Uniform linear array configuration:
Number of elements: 64
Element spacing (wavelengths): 1
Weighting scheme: cosine
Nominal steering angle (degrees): -60
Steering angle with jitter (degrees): -61.642
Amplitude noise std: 0.05
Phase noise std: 0.05

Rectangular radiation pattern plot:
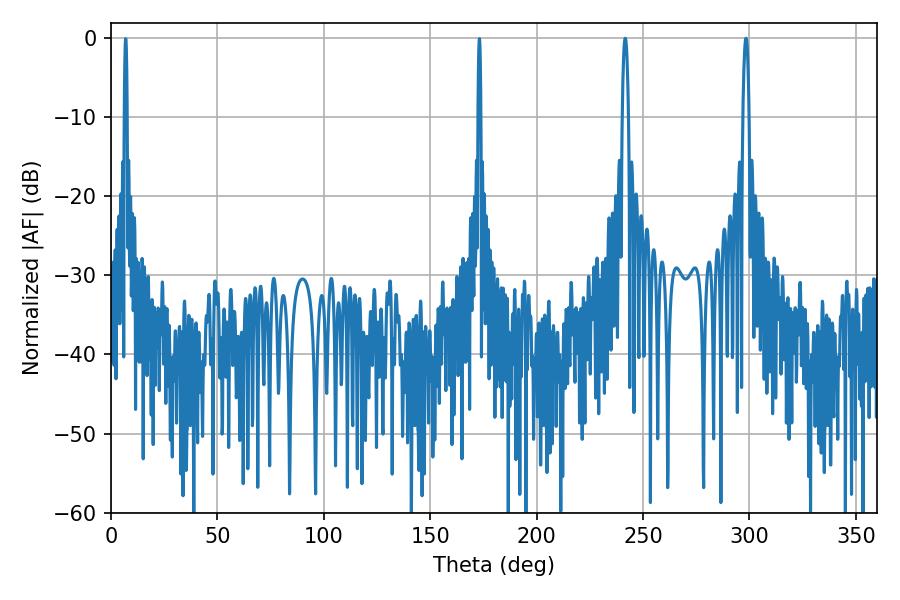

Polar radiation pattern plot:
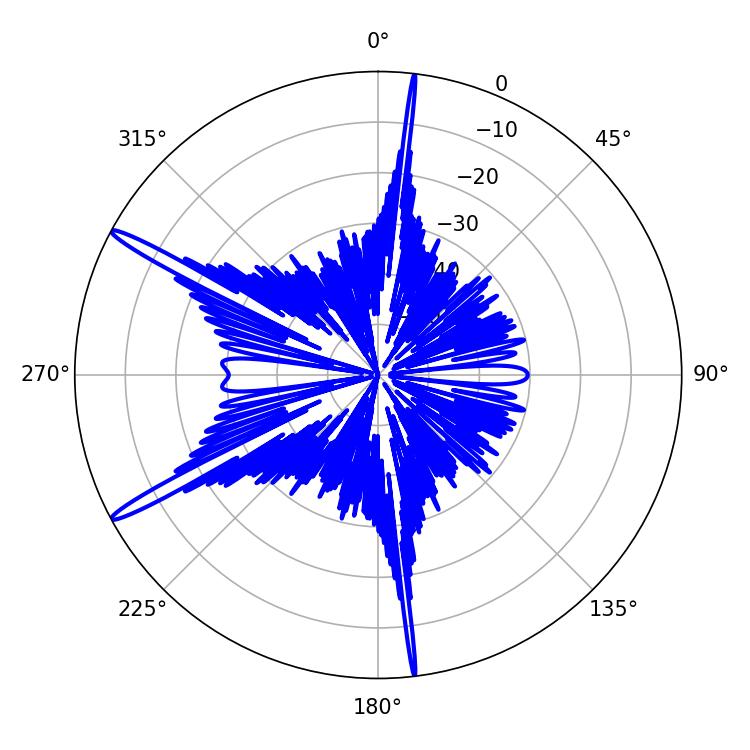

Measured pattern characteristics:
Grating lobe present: TRUE
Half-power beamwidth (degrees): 1.62
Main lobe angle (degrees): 241.56